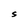
Character: S